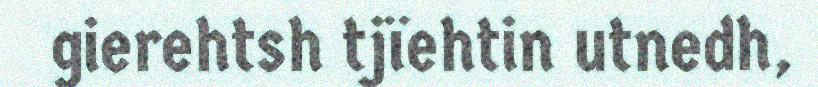
gierehtsh tjïehtin utnedh,